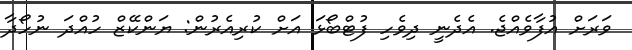
ވަރަށް އުފާވެއްޖެ. އެދެނީ ދިވެހި ފުޓްބޯޅަ އަށް ކުރިއެރުން: ޔަންކޭޒް ހުއްދަ ނުހޯދާ